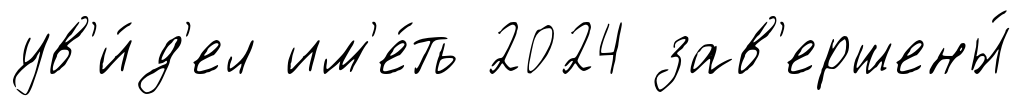
ув'и́д'ел им'е́ть 2024 зав'ершены́